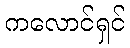
ကလောင်ရှင်